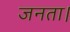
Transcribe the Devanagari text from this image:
जनता।